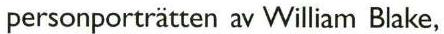
personporträtten av William Blake,